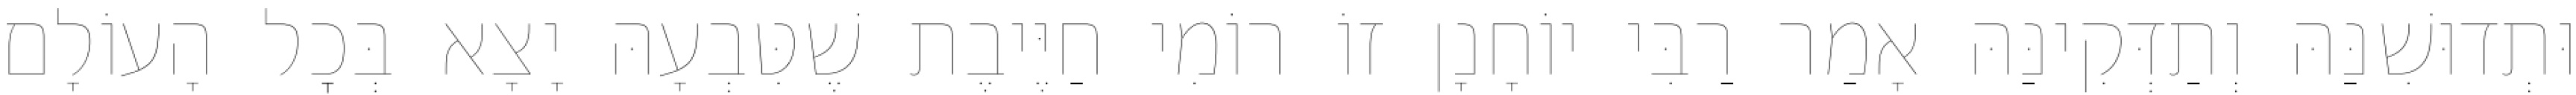
וּתְדוּשִׁנַּהּ וְתַדְּקִינַּהּ אָמַר רַבִּי יוֹחָנָן זוֹ רוֹמִי חַיֶּיבֶת שֶׁטִּבְעָהּ יָצָא בְּכׇל הָעוֹלָם